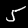
Digit: 5